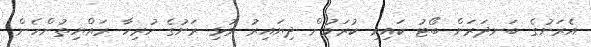
އެރަށުގެ ބަނދަރަށް ބޯޓު ކައިރި ކުރަމުން ދިޔައިރު މުޅި ރަށުގެ ހުރިހާ ރައްޔިތުންހެން